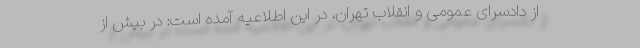
از دادسرای عمومی و انقلاب تهران، در این اطلاعیه آمده است: در بیش از